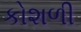
કોશળી